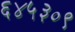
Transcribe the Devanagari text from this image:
६४५३०९